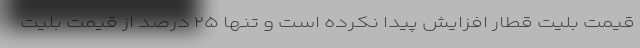
قیمت بلیت قطار افزایش پیدا نکرده است و تنها ۲۵ درصد از قیمت بلیت